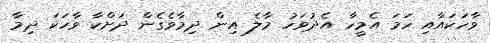
ވާހަކައާއި ހަމަ އެމީހާ އެދުވަހު މާލެ އިން ދިމާވެގެން ދަށްކާ ވާހަކަ ދިމާ